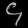
Digit: ၄